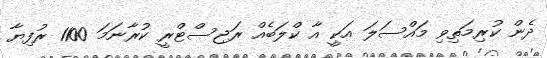
ދެން ކުރިމަތިވި މައްސަލަ އަކީ އާ ކްލަބެއް ރަޖިސްޓްރީ ކުރާނަމަ 1100 ރުފިޔާ